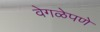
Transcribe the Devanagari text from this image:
वेगळेपणे